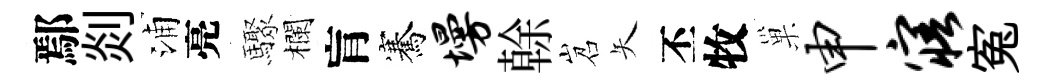
鄢剡浦亮驟欄肓騫墁𠏉岧矢丕牧巢申寤寃